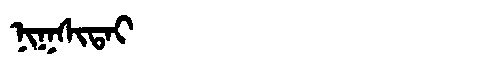
Manchu: ᠨᡳᡴᠰᡳᡨᠠᡳ
Romanization: NIKSITAI